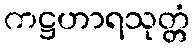
ကဋ္ဌဟာရသုတ္တံ